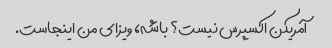
آمریکن اکسپرس نیست؟ باشه، ویزای من اینجاست.